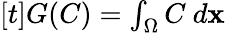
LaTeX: \begin{array}{r}{[t]G(C)=\int_{\Omega}C\ d\mathbf{x}}\end{array}